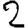
Digit: 2